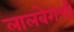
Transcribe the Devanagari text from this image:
लालबेगची